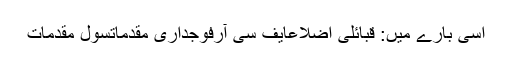
اسی بارے میں: قبائلی اضلاعایف سی آرفوجداری مقدماتسول مقدمات